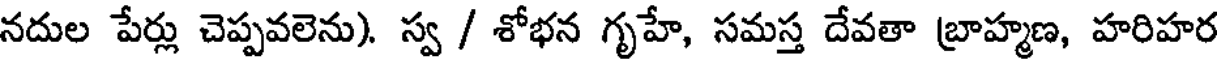
నదుల పేర్లు చెప్పవలెను). స్వ / శోభన గృహే, సమస్త దేవతా బ్రాహ్మణ, హరిహర